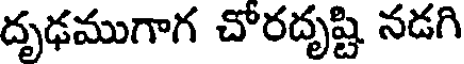
దృఢముగాగ చోరదృష్టి నడగి